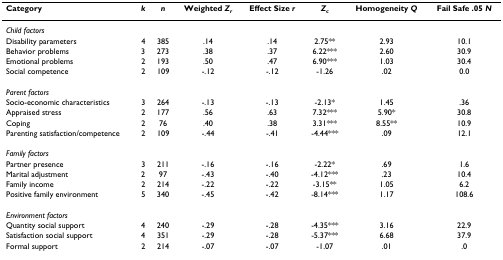
<table><thead><tr><td><b>Category</b></td><td><b><i>k</i></b></td><td><b><i>n</i></b></td><td><b>Weighted <i>Z</i><sub><i>r</i></sub></b></td><td><b>Effect Size <i>r</i></b></td><td><b><i>Z</i><sub><i>c</i></sub></b></td><td><b>Homogeneity <i>Q</i></b></td><td><b>Fail Safe .05 <i>N</i></b></td></tr></thead><tbody><tr><td><i>Child factors</i></td><td></td><td></td><td></td><td></td><td></td><td></td><td></td></tr><tr><td>Disability parameters</td><td>4</td><td>385</td><td>.14</td><td>.14</td><td>2.75**</td><td>2.93</td><td>10.1</td></tr><tr><td>Behavior problems</td><td>3</td><td>273</td><td>.38</td><td>.37</td><td>6.22***</td><td>2.60</td><td>30.9</td></tr><tr><td>Emotional problems</td><td>2</td><td>193</td><td>.50</td><td>.47</td><td>6.90***</td><td>1.03</td><td>30.4</td></tr><tr><td>Social competence</td><td>2</td><td>109</td><td>-.12</td><td>-.12</td><td>-1.26</td><td>.02</td><td>0.0</td></tr><tr><td><i>Parent factors</i></td><td></td><td></td><td></td><td></td><td></td><td></td><td></td></tr><tr><td>Socio-economic characteristics</td><td>3</td><td>264</td><td>-.13</td><td>-.13</td><td>-2.13*</td><td>1.45</td><td>.36</td></tr><tr><td>Appraised stress</td><td>2</td><td>177</td><td>.56</td><td>.63</td><td>7.32***</td><td>5.90*</td><td>30.8</td></tr><tr><td>Coping</td><td>2</td><td>76</td><td>.40</td><td>.38</td><td>3.31***</td><td>8.55**</td><td>10.9</td></tr><tr><td>Parenting satisfaction/competence</td><td>2</td><td>109</td><td>-.44</td><td>-.41</td><td>-4.44***</td><td>.09</td><td>12.1</td></tr><tr><td><i>Family factors</i></td><td></td><td></td><td></td><td></td><td></td><td></td><td></td></tr><tr><td>Partner presence</td><td>3</td><td>211</td><td>-.16</td><td>-.16</td><td>-2.22*</td><td>.69</td><td>1.6</td></tr><tr><td>Marital adjustment</td><td>2</td><td>97</td><td>-.43</td><td>-.40</td><td>-4.12***</td><td>.23</td><td>10.4</td></tr><tr><td>Family income</td><td>2</td><td>214</td><td>-.22</td><td>-.22</td><td>-3.15**</td><td>1.05</td><td>6.2</td></tr><tr><td>Positive family environment</td><td>5</td><td>340</td><td>-.45</td><td>-.42</td><td>-8.14***</td><td>1.17</td><td>108.6</td></tr><tr><td><i>Environment factors</i></td><td></td><td></td><td></td><td></td><td></td><td></td><td></td></tr><tr><td>Quantity social support</td><td>4</td><td>240</td><td>-.29</td><td>-.28</td><td>-4.35***</td><td>3.16</td><td>22.9</td></tr><tr><td>Satisfaction social support</td><td>4</td><td>351</td><td>-.29</td><td>-.28</td><td>-5.37***</td><td>6.68</td><td>37.9</td></tr><tr><td>Formal support</td><td>2</td><td>214</td><td>-.07</td><td>-.07</td><td>-1.07</td><td>.01</td><td>.0</td></tr></tbody></table>